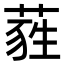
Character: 𦷃